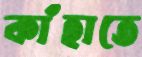
কাঁহাতে